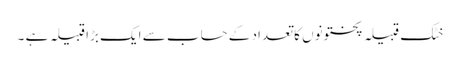
خٹک قبیلہ پختونوں کا تعداد کے حساب سے ایک بڑا قبیلہ ہے ۔